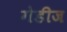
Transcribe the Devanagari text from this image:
गेडीज